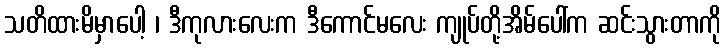
သတိထားမိမှာပေါ့ ၊ ဒီကုလားလေးက ဒီကောင်မလေး ကျုပ်တို့အိမ်ပေါ်က ဆင်းသွားတာကို